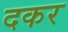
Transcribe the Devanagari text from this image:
दकर